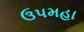
ઉપમહા